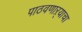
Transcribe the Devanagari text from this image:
पाठवणाऱ्याचा